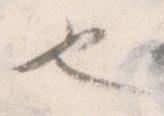
也